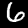
Digit: 6